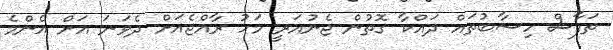
ތަފާސް ހިސާބުތައް ދައްކާ ގޮތުން ޖެނުއަރީ މަހު ރާއްޖެއަށް ދެވަނަ އަށް އެންމެ